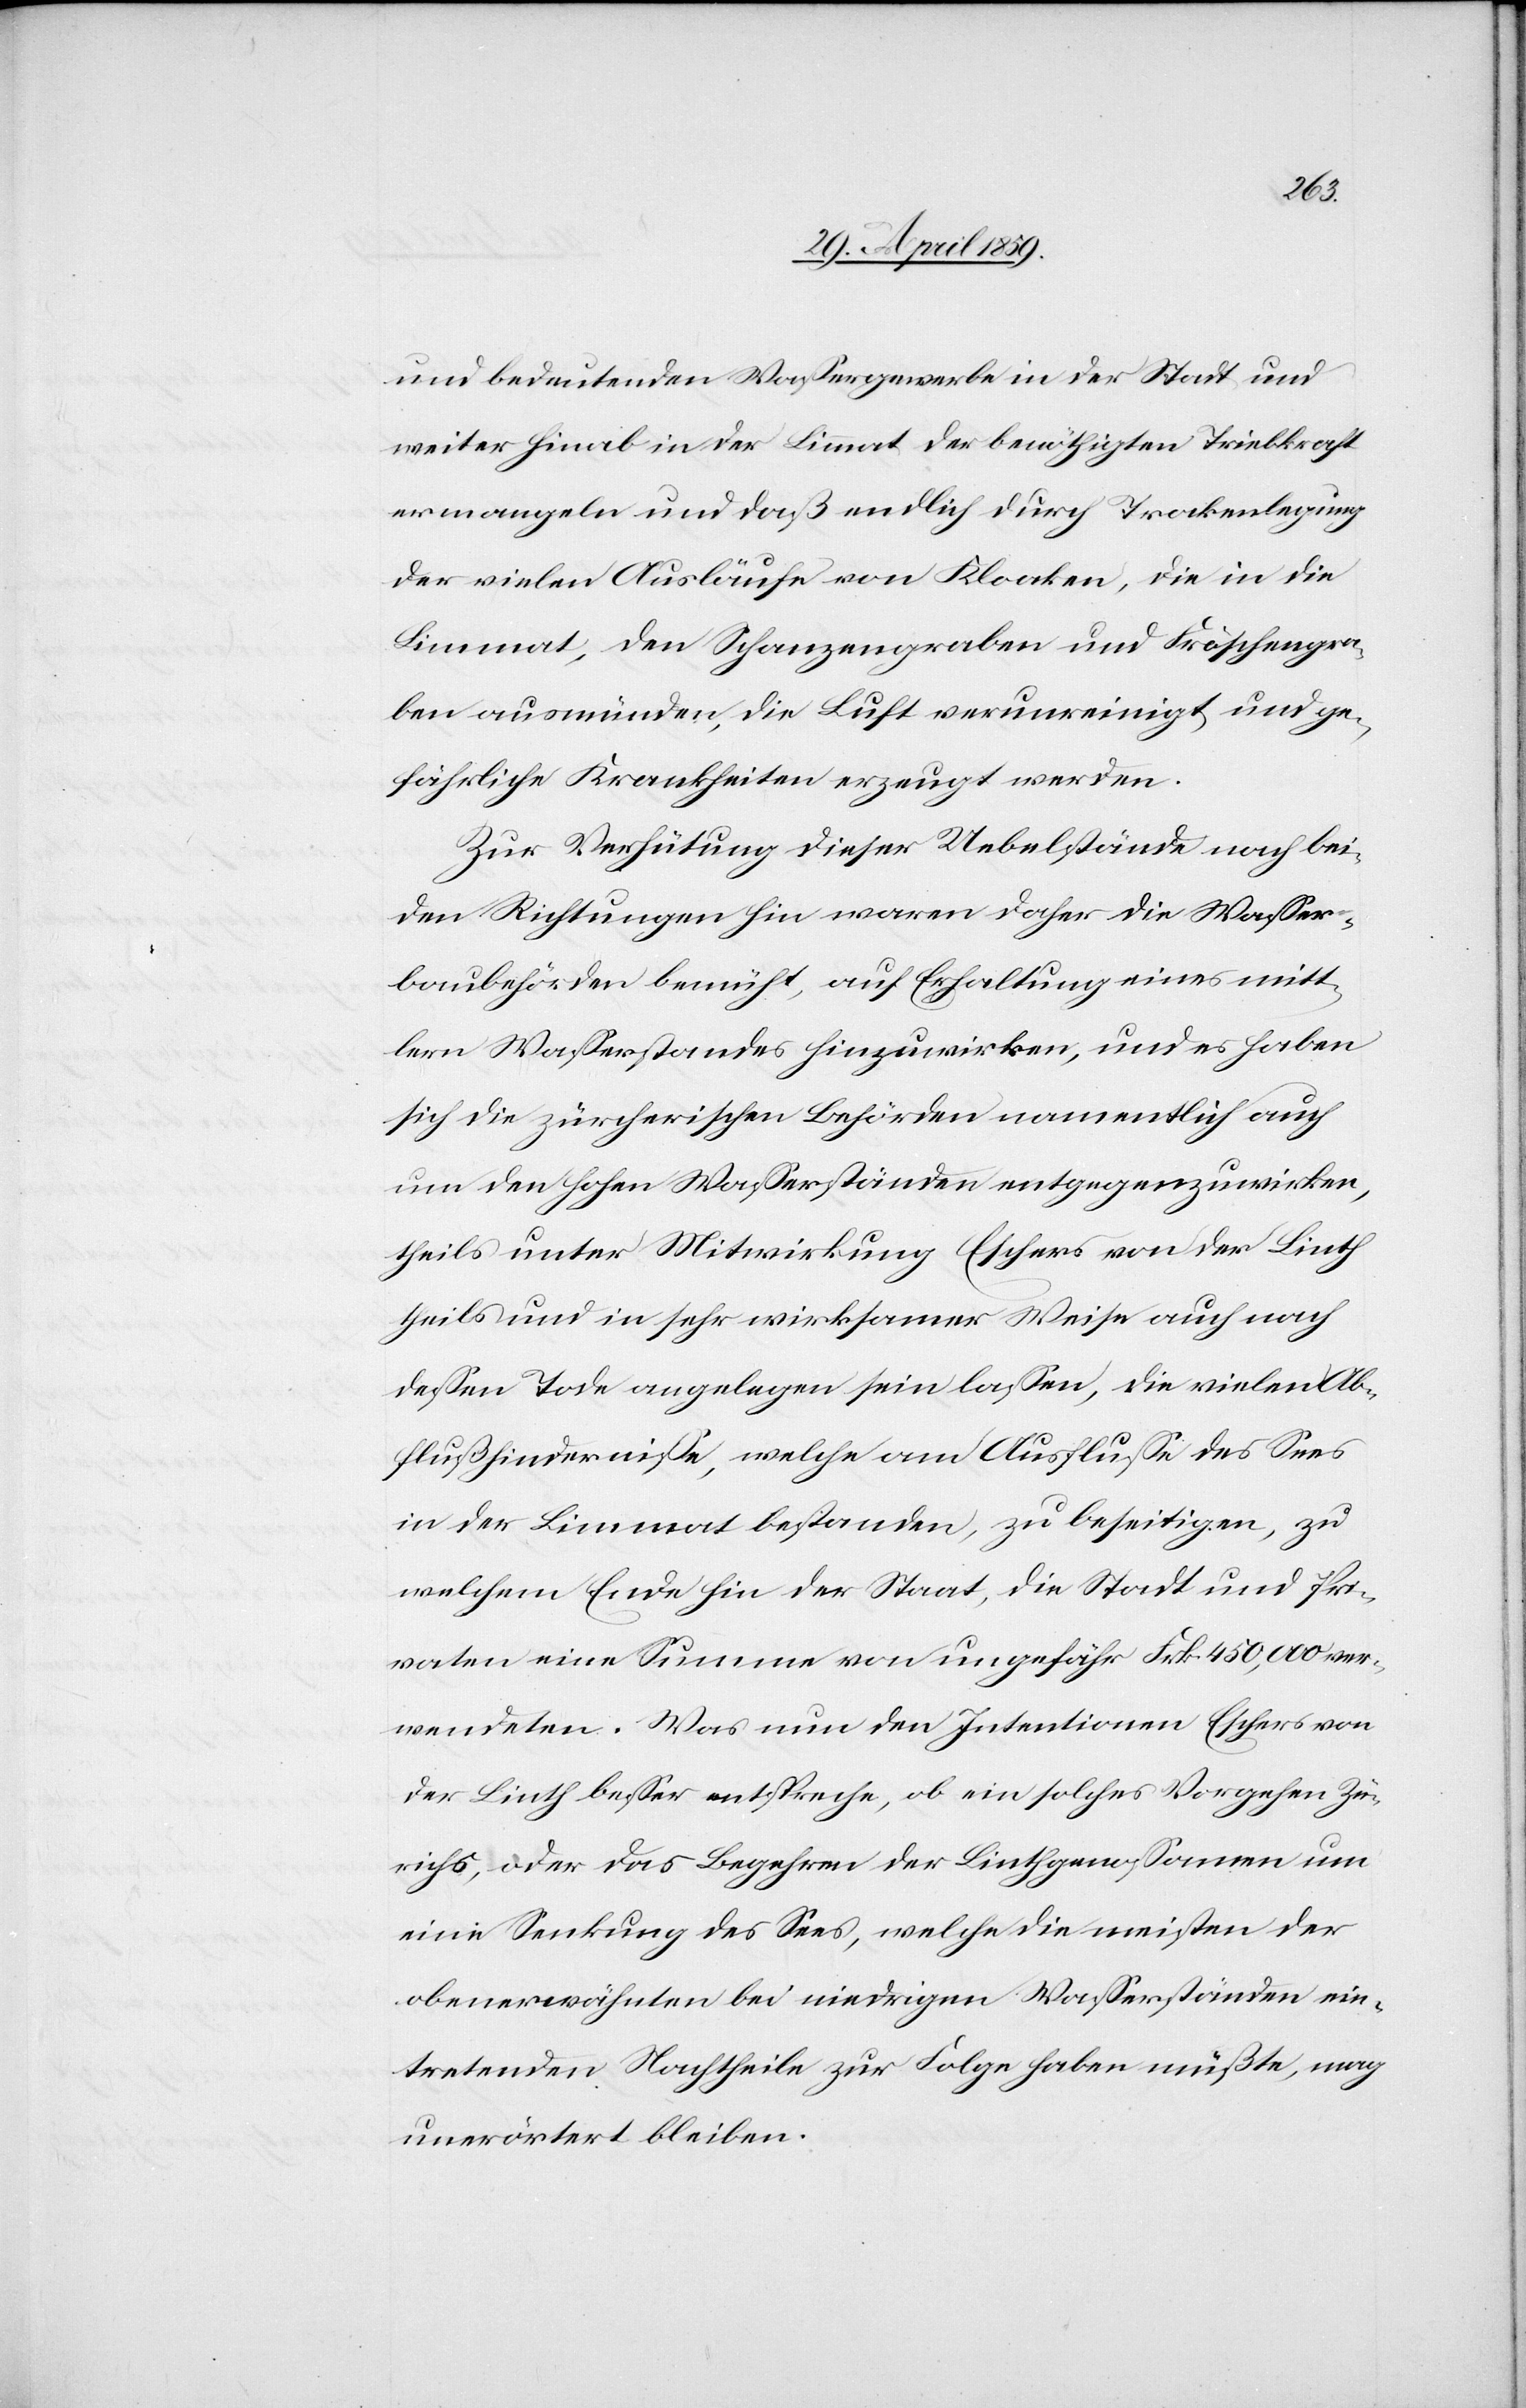
und bedeutenden Waßergewerbe in der Stadt und
weiter hinab in der Limmat der benöthigten Triebkraft
ermangeln und daß endlich durch Trockenlegung
der vielen Ausläufe von Kloaken, die in die
Limmat, den Schanzengraben und Fröschengra¬
ben ausmünden, die Luft verunreinigt und ge¬
fährliche Krankheiten erzeugt werden.
Zur Verhütung dieser Uebelstände nach bei¬
den Richtungen hin waren daher die Waßer¬
baubehörden bemüht, auf Erhaltung eines mitt¬
lern Waßerstandes hinzuwirken, und es haben
sich die zürcherischen Behörden namentlich auch
um den hohen Waßerständen entgegenzuwirken,
theils unter Mitwirkung Eschers von der Linth
theils und in sehr wirksamer Weise auch nach
deßen Tode angelegen sein laßen, die vielen Ab¬
flußhinderniße, welche am Ausfluße des Sees
in der Limmat bestanden, zu beseitigen, zu
welchem Ende hin der Staat, die Stadt und Pri¬
vaten eine Summe von ungefähr Frk. 450,000 ver¬
wendeten. Was nun den Intentionen Eschers von
der Linth beßer entspreche, ob ein solches Vorgehen Zü¬
richs, oder das Begehren der Linthgenoßamen um
eine Senkung des Sees, welche die meisten der
obenerwähnten bei niedrigen Waßerständen ein¬
tretenden Nachtheile zur Folge haben müßte, mag
unerörtert bleiben.